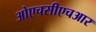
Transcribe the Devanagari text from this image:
ओएचसीएचआर